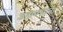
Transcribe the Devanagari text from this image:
डहाक्यांना